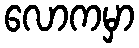
လောကမှာ